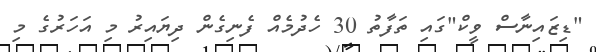
"ޑިޒައިނާސް ވީކް"ގައި ތަފާތު 30 ހެދުމެއް ފެނިގެން ދިޔައިރު މި އަހަރުގެ މި